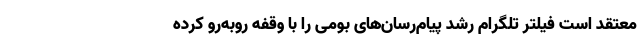
معتقد است فیلتر تلگرام رشد پیام‌رسان‌های بومی را با وقفه روبه‌رو کرده